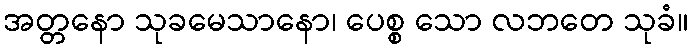
အတ္တနော သုခမေသာနော၊ ပေစ္စ သော လဘတေ သုခံ။